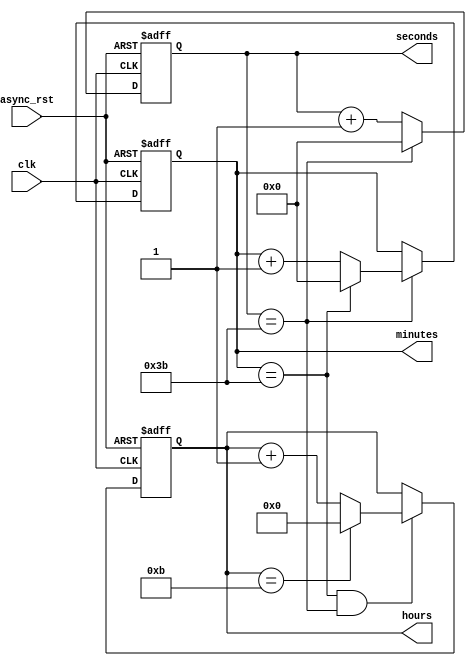
module clock_12 (clk,async_rst,hours,minutes,seconds);
	input clk ,async_rst;
	//as seconds and minutes take max of 60 value =(11_1100) in binary so 6 bits
	output reg [5:0]	seconds,minutes;
	//as hours take max vallue of 12 which is (1100) so 4 bits
	output reg [3:0] hours;
	
	wire [5:0] d1,d2,incr_min;
	wire [3:0] d3,incr_hours;
	
	always @(posedge clk, posedge async_rst) begin
		if(async_rst)	seconds<=0;
		else			seconds<=d1;
	end
	
	always @(posedge clk, posedge async_rst) begin
		if(async_rst)	minutes<=0;
		else			minutes<=d2;
	end
	
	always @(posedge clk, posedge async_rst) begin
		if(async_rst)	hours<=0;
		else			hours<=d3;
	end
	
	assign d1=(seconds ==59)?0:seconds+1;
	
	assign d2=(seconds ==59)?incr_min: minutes;
	
	assign incr_min = (minutes==59)?0:minutes+1;
	
	
	assign d3 =(minutes ==59 && seconds ==59)?incr_hours : hours;
	
	assign incr_hours=(hours==11)?0:hours+1;
	
endmodule